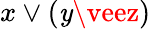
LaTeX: x\vee(\mathit{y}\veez)